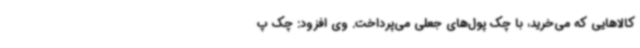
کالاهایی که می‌خرید، با چک پول‌های جعلی می‌پرداخت. وی افزود: چک پ